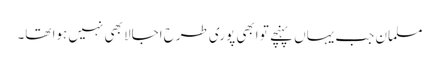
مسلمان جب یہاں پہنچے تو ابھی پوری طرح اجالا بھی نہیں ہوا تھا۔